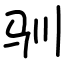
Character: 驯